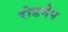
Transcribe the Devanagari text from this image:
रोडमेप